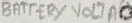
Text: BATTERY VOLTAGE